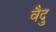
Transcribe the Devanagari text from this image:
वैदु